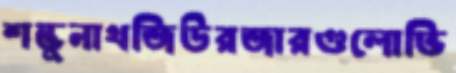
শম্ভুনাথজিউরজারগুলোভি